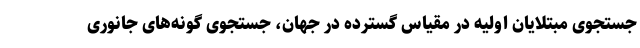
جستجوی مبتلایان اولیه در مقیاس گسترده در جهان، جستجوی گونه‌های جانوری